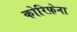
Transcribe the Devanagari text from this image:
कोरिफ़ेना